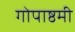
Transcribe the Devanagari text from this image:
गोपाष्ठमी